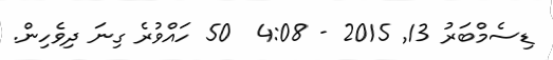
ޑިސެމްބަރު 13